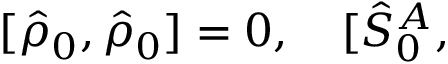
\lbrack \hat { \rho } _ { 0 } , \hat { \rho } _ { 0 } ] = { 0 } , \quad \lbrack \hat { S } _ { 0 } ^ { A } ,